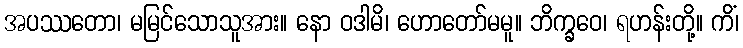
အပဿတော၊ မမြင်သောသူအား။ နော ဝဒါမိ၊ ဟောတော်မမူ။ ဘိက္ခဝေ၊ ရဟန်းတို့။ ကိံ၊